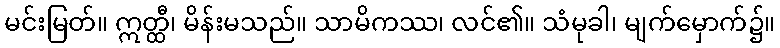
မင်းမြတ်။ ဣတ္ထီ၊ မိန်းမသည်။ သာမိကဿ၊ လင်၏။ သံမုခါ၊ မျက်မှောက်၌။